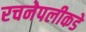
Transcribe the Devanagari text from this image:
रचनेपलीकडे